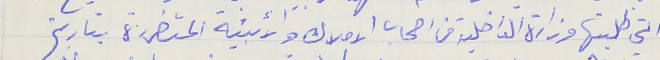
التي طلبتها وزارة الداخلية من اصحاب الاملاك والابنية المتضررة بتاريخ